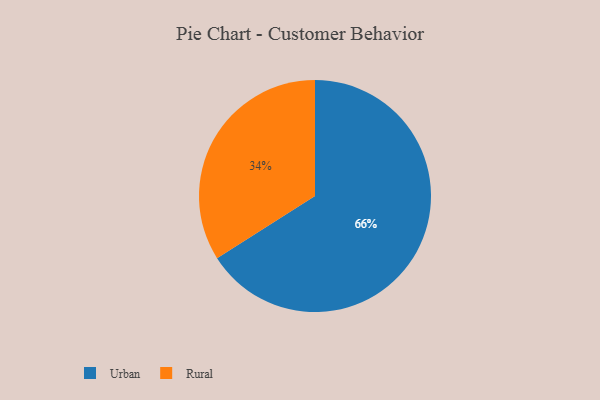
{"axis": {"x": "Category", "y": "Percentage"}, "legend": ["Rural", "Urban"], "data": [{"x": "Rural", "y": 34, "type": "Rural"}, {"x": "Urban", "y": 66, "type": "Urban"}]}